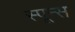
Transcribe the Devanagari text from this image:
स्पून्स